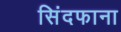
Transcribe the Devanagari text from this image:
सिंदफाना